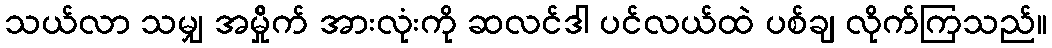
သယ်လာ သမျှ အမ်ှိုက် အားလုံးကို ဆလင်ဒါ ပင်လယ်ထဲ ပစ်ချ လိုက်ကြသည်။